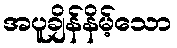
အပူချိန်နိမ့်သော